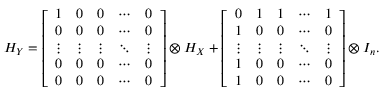
H _ { Y } = \left[ \begin{array} { l l l l l } { 1 } & { 0 } & { 0 } & { \cdots } & { 0 } \\ { 0 } & { 0 } & { 0 } & { \cdots } & { 0 } \\ { \vdots } & { \vdots } & { \vdots } & { \ddots } & { \vdots } \\ { 0 } & { 0 } & { 0 } & { \cdots } & { 0 } \\ { 0 } & { 0 } & { 0 } & { \cdots } & { 0 } \end{array} \right] \otimes H _ { X } + \left[ \begin{array} { l l l l l } { 0 } & { 1 } & { 1 } & { \cdots } & { 1 } \\ { 1 } & { 0 } & { 0 } & { \cdots } & { 0 } \\ { \vdots } & { \vdots } & { \vdots } & { \ddots } & { \vdots } \\ { 1 } & { 0 } & { 0 } & { \cdots } & { 0 } \\ { 1 } & { 0 } & { 0 } & { \cdots } & { 0 } \end{array} \right] \otimes I _ { n } .